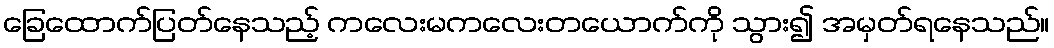
ခြေထောက်ပြတ်နေသည့် ကလေးမကလေးတယောက်ကို သွား၍ အမှတ်ရနေသည်။